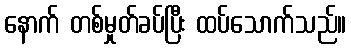
နောက် တစ်မှုတ်ခပ်ပြီး ထပ်သောက်သည်။